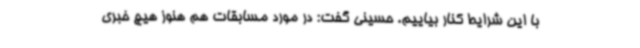
با این شرایط کنار بیاییم. حسینی گفت: در مورد مسابقات هم هنوز هیچ خبری